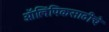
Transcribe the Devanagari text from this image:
ऑलिंपिकसाठीचे